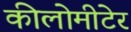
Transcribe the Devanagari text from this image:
कीलोमीटेर